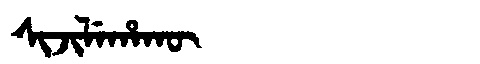
Manchu: ᠰᡳᠵᡳᠯᡝᡥᠠᡴᡡ
Romanization: SIJILEHAKŪ